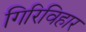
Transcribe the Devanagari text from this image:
गिरिविहार